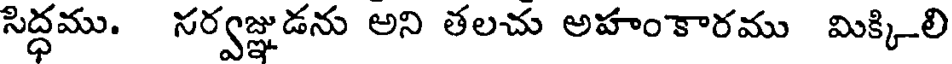
సిద్ధము. నర్వజ్ఞుడను అని తలచు అహంకారము మిక్కి_లి